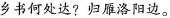
乡书何处达 ?归雁洛阳边 。